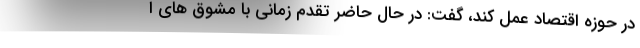
در حوزه اقتصاد عمل کند، گفت: در حال حاضر تقدم زمانی با مشوق های ا